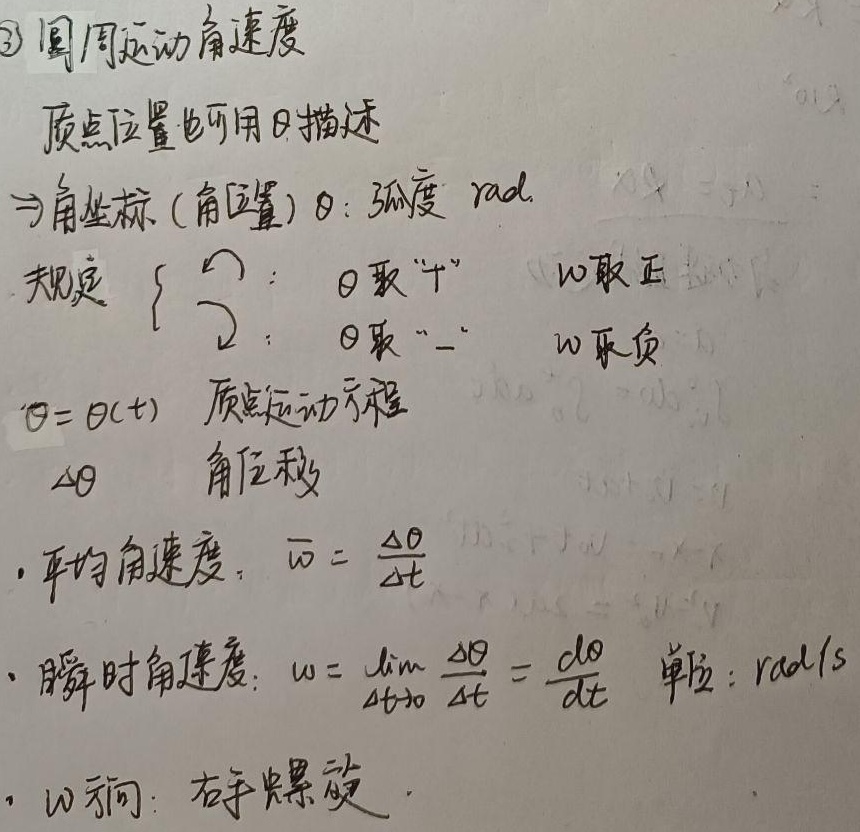
\textcircled{3} 圆周运动角速度
质点位置也可用\(\theta\)描述\(\Rightarrow\)角坐标（角位置）\(\theta\)：弧度（rad）。规定
\(\begin{cases}\text{逆时针} ：\theta取“+” & \omega取正\\\text{顺时针} ：\theta取“-” & \omega取负\end{cases}\)
\(\theta = \theta(t)\)为质点运动方程，\(\Delta\theta\)为角位移。
平均角速度：\(\overline{\omega}=\frac{\Delta\theta}{\Delta t}\)。
瞬时角速度：\(\omega=\lim\limits_{\Delta t \to 0}\frac{\Delta\theta}{\Delta t}=\frac{d\theta}{dt}\)，单位：rad/s。
\(\omega\)方向：右手螺旋